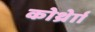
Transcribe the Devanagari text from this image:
कोर्थ्रेाा